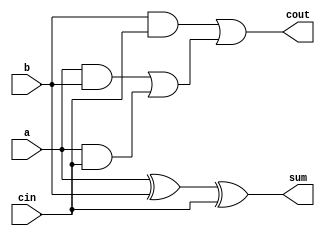
module fullAdder (a, b, cin, sum, cout);

input a;
input b;
input cin;

output sum;
output cout;

wire w1;
wire w2;
wire w3;
wire w4;
wire w5;

    	xor xor_0(w1, a, b);
    	xor xor_1(sum, w1, cin);

    	and and_0(w2, a, b);
    	and and_1(w3, a, cin);
    	and and_2(w4, b, cin);
    	or  or_0(w5, w2, w3);
    	or  or_1 (cout, w4, w5);

endmodule